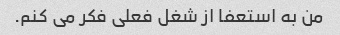
من به استعفا از شغل فعلی فکر می کنم.